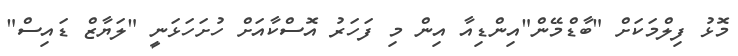
މޮޅު ފިލްމަކަށް "ބާޑްމޭން"އިންޑިއާ އިން މި ފަހަރު އޮސްކާއަށް ހުށަހަޅަނީ "ލަޔާޒް ޑައިސް"